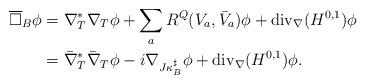
LaTeX: \begin{align*}\overline\square_B\phi&=\nabla_T^*\nabla_T\phi +\sum_a R^Q(V_a,\bar V_a)\phi +\operatorname{div}_\nabla (H^{0,1}) \phi \\ &= \bar\nabla_T^*\bar\nabla_T \phi -i \nabla_{J\kappa_B^\sharp}\phi +\operatorname{div}_\nabla (H^{0,1}) \phi. \end{align*}